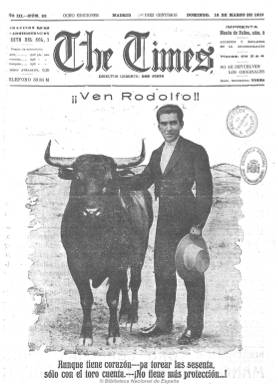
Título: The times (Madrid)
Otros títulos: Te times || Times
Colección: Toros || Revistas satíricas y humorísticas
Ámbito geográfico: Madrid
Lugar de publicación: Madrid
Fechas: 16/03/1919-28/06/1925

Semanario madrileño de naturaleza taurino-humorística que, adoptando el título del mítico diario londinense fundado en 1785, comienza a publicarse el cinco de agosto de 1917, con informaciones sobre el mundo de la tauromaquia, redactadas de modo jocoso, con secciones de meteorología o de bolsa escritas con términos asimismo taurinos, acompañadas de dibujos, caricaturas, fotografías y composiciones fotográficas. Su fundador, gerente y director fue Isidoro Amorós-Manso Guerra (1882-1955), popular revistero taurino de la época dorada de la tauromaquia española, autor de algunos libros sobre la historia de la plaza de toros madrileña, conocido por los seudónimos “Don Justo” y “Damocles”. Su socio y administrador es Juan Pacheco “Vandel”, fotógrafo madrileño y autor de los reportajes fotográficos del semanario, que más tarde será también director artístico del mismo y que a partir de 1924 y hasta su muerte, en 1935, se convertirá en uno de los principales operadores, productores y directores de fotografía de la cinematografía española de la época. Le acompañan como uno de sus principales colaboradores el también revistero taurino Francisco de Ramos Castro, conocido con el seudónimo “Rodaballito”, que asumirá la dirección del semanario en mayo de 1922, cuando Amorós-Manso la abandone para dedicarse al apoderamiento de toreros, pasando a gestionarlo “Vandel”, y apareciendo después en la cabecera del periódico Antonio Casero, como director honorario a perpetuidad. El mismo semanario indicará, en 1924, que su redactor-jefe es Julio Madrigal y sus únicos redactores los que firman con los seudónimos Don Nino, Xotis, Don Misterio, Perico de los palotes y El tío Melecio.

En números de ocho páginas y a veces con las centrales con reportajes a toda plana, aparece cada domingo, con portadas ilustradas con dibujos, caricaturas, fotografías y composiciones fotográficas, con unos pies redactados de forma jocosa, como el resto de sus textos en sus páginas interiores, sobre todo artículos o crónicas de festejos, e incluso la publicidad que inserta al final. Llegaba a tirar varias ediciones, al principio hasta diez, y el precio del ejemplar era de diez céntimos, llegando a tirar hasta los 2.000 ejemplares, según las estadísticas de 1920 y 1927. Además de su carácter desenfadado, en sus páginas se polemizó con hartura, siendo crítico con periódicos del mismo carácter, como La lidia, o combatiendo a otros periodistas taurinos como Gregorio Corrochano (1882-1961), llegándose a decir que en algún momento fue defensor de Rodolfo Gaona (1888-1975). Después de seis años de vida, desaparece en 1925, quizá por el paso de Vandel al mundo de la cinematografía. Fue continuado brevemente por el periódico No the times (1926).